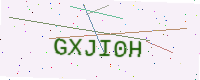
Text: GXJI0H